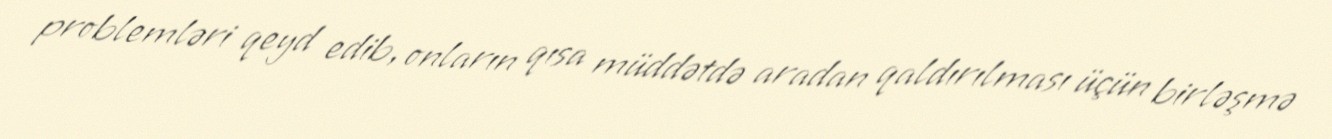
problemləri qeyd edib, onların qısa müddətdə aradan qaldırılması üçün birləşmə